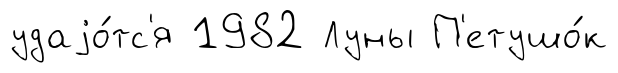
удаjо́тс'я 1982 Луны П'етушо́к